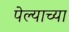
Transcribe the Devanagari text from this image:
पेल्याच्या